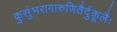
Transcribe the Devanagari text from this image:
कुसुंभरागारुणितैर्दुकूलैः